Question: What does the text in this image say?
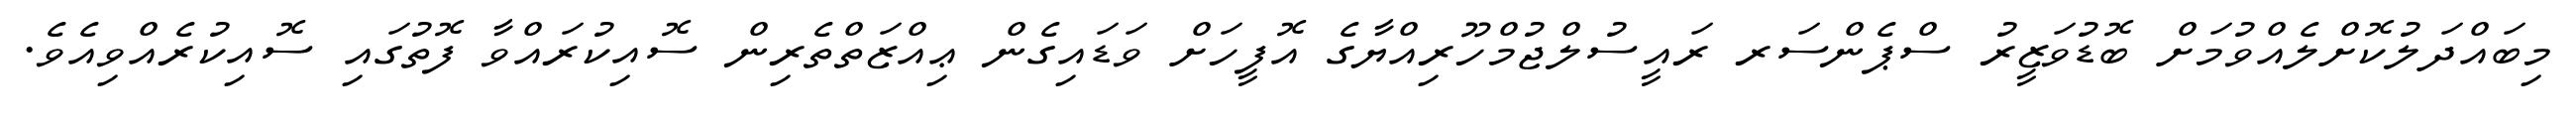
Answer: މިބައްދަލުކޮށްލެއްވުމަށް ބޮޑުވަޒީރު ސްޕެންސަރ ރައީސުލްޖުމްހޫރިއްޔާގެ އޮފީހަށް ވަޑައިގެން ޢިއްޒަތްތެރިން ސޮއިކުރައްވާ ފޮތުގައި ސޮއިކުރެއްވިއެވެ.